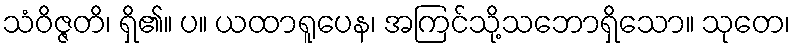
သံဝိဇ္ဇတိ၊ ရှိ၏။ ပ။ ယထာရူပေန၊ အကြင်သို့သဘောရှိသော။ သုတေ၊